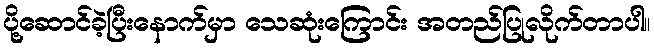
ပို့ဆောင်ခဲ့ပြီးနောက်မှာ သေဆုံးကြောင်း အတည်ပြုလိုက်တာပါ။